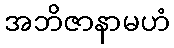
အဘိဇာနာမဟံ